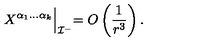
X ^ { \alpha _ { 1 } \ldots \alpha _ { k } } \Bigl | _ { { \cal I } ^ { - } } = O \left( \frac { 1 } { r ^ { 3 } } \right) .